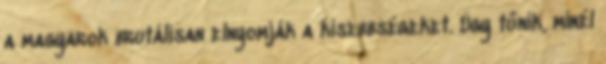
a magyarok brutálisan elnyomják a kisebbségeket. Úgy tűnik, minél